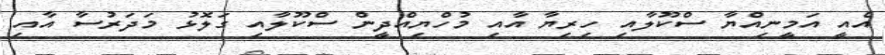
އެއީ އަމީނިއްޔާ ސްކޫލާއި ހިރިޔާ އާއި މުހްޔިއްދީން ސްކޫލާއި ގަލޮޅު މަދަރުސާ އާއި